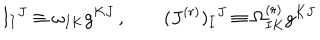
I _ { I } { } ^ { J } \equiv \omega _ { I K } g ^ { K J } \, , \qquad ( J ^ { ( r ) } ) _ { I } { } ^ { J } \equiv \Omega _ { I K } ^ { ( r ) } g ^ { K J }